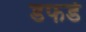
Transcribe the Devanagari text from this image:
डफर्ड